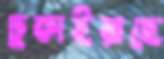
ঢুকাইয়াছে